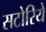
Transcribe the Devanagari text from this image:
सटोरिये